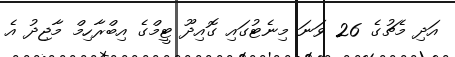
އަދި މެޗުގެ 26 ވަނަ މިނެޓުގައި ގޮއިދޫ ޓީމްގެ އިބްރާހިމް މާޖިދު އެ